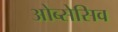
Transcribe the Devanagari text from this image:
ओब्सेसिव